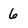
Character: 6